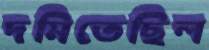
দমিতেছিল